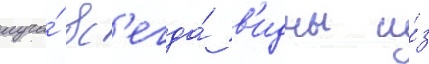
луча́ вс'егда́ в'идны и́з